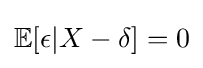
\mathbb {E} [\epsilon |X-\delta ]=0